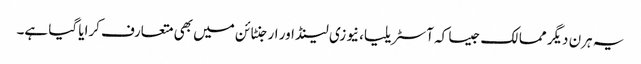
یہ ہرن دیگر ممالک جیسا کہ آسٹریلیا، نیوزی لینڈ اور ارجنٹائن میں بھی متعارف کرایا گیا ہے۔